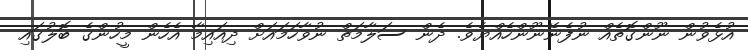
އުޅެވުން ނޫންގޮތެއް ނުފެނޭނޫންހެއްޔެވެ. ދެން ސަލާމަތް ނުވާހަމައަށް ދިއައިމާ އެހެން މީހުންގެ ބޮލުގައި